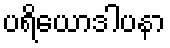
ပရိယောဒါပနာ